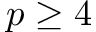
p \geq 4